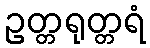
ဥတ္တရုတ္တရံ